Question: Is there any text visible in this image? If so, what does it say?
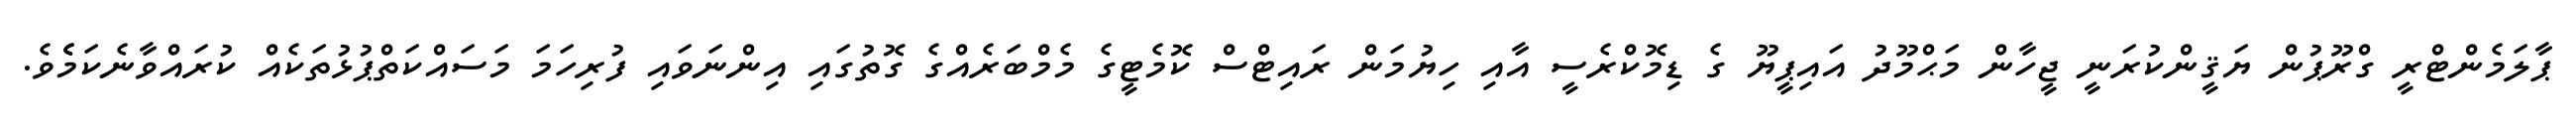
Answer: ޕާލަމެންޓްރީ ގްރޫޕުން ޔަޤީންކުރަނީ ޖީހާން މަޙްމޫދު އައިޕީޔޫ ގެ ޑިމޮކްރެސީ އާއި ހިޔުމަން ރައިޓްސް ކޮމެޓީގެ މެމްބަރެއްގެ ގޮތުގައި އިންނަވައި ފުރިހަމަ މަސައްކަތްޕުޅުތަކެއް ކުރައްވާނެކަމެެވެ.